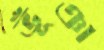
ভূঁঞা